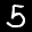
Label: 5